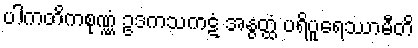
ပါကတိကစုဏ္ဏံ ဥဒကသကဋံ အနွတ္ထံ ပရိပူရေဿာမီတိ